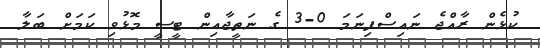
ކުޅެން ރާއްޖެ ނައިސްފިނަމަ 0-3 ގެ ނަތީޖާއިން ޓީސީ މޮޅުވި ކަމަށް ބަލާ